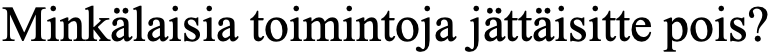
Minkälaisia toimintoja jättäisitte pois?